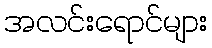
အလင်းရောင်များ